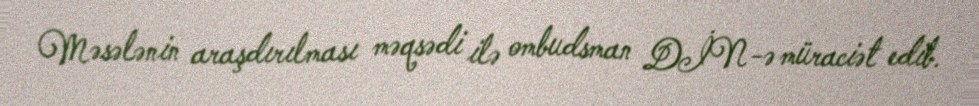
Məsələnin araşdırılması məqsədi ilə ombudsman DİN-ə müraciət edib.